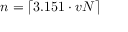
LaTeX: n = \left\lceil 3 . 1 5 1 \cdot v N \right\rceil